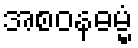
အစဝနဓမ္မံ